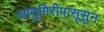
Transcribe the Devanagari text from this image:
जादुगिरीपासूसुन